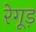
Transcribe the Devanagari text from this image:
रेगूड़